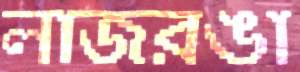
লাজরঙা